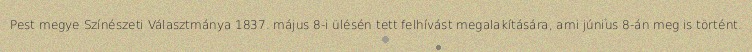
Pest megye Színészeti Választmánya 1837. május 8-i ülésén tett felhívást megalakítására, ami június 8-án meg is történt.